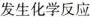
发生化学反应